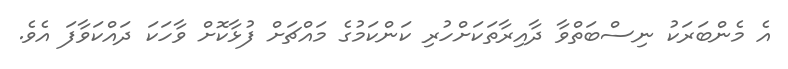
އެ މެންބަރަކު ނިސްބަތްވާ ދާއިރާތަކަށްހުރި ކަންކަމުގެ މައްޗަށް ފުޅާކޮށް ވާހަކަ ދައްކަވާފަ އެވެ.